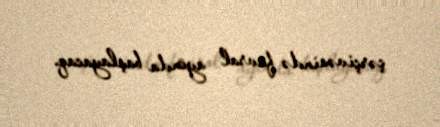
çərçivəsində fevral ayında başlayacaq.